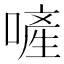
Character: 𠻿